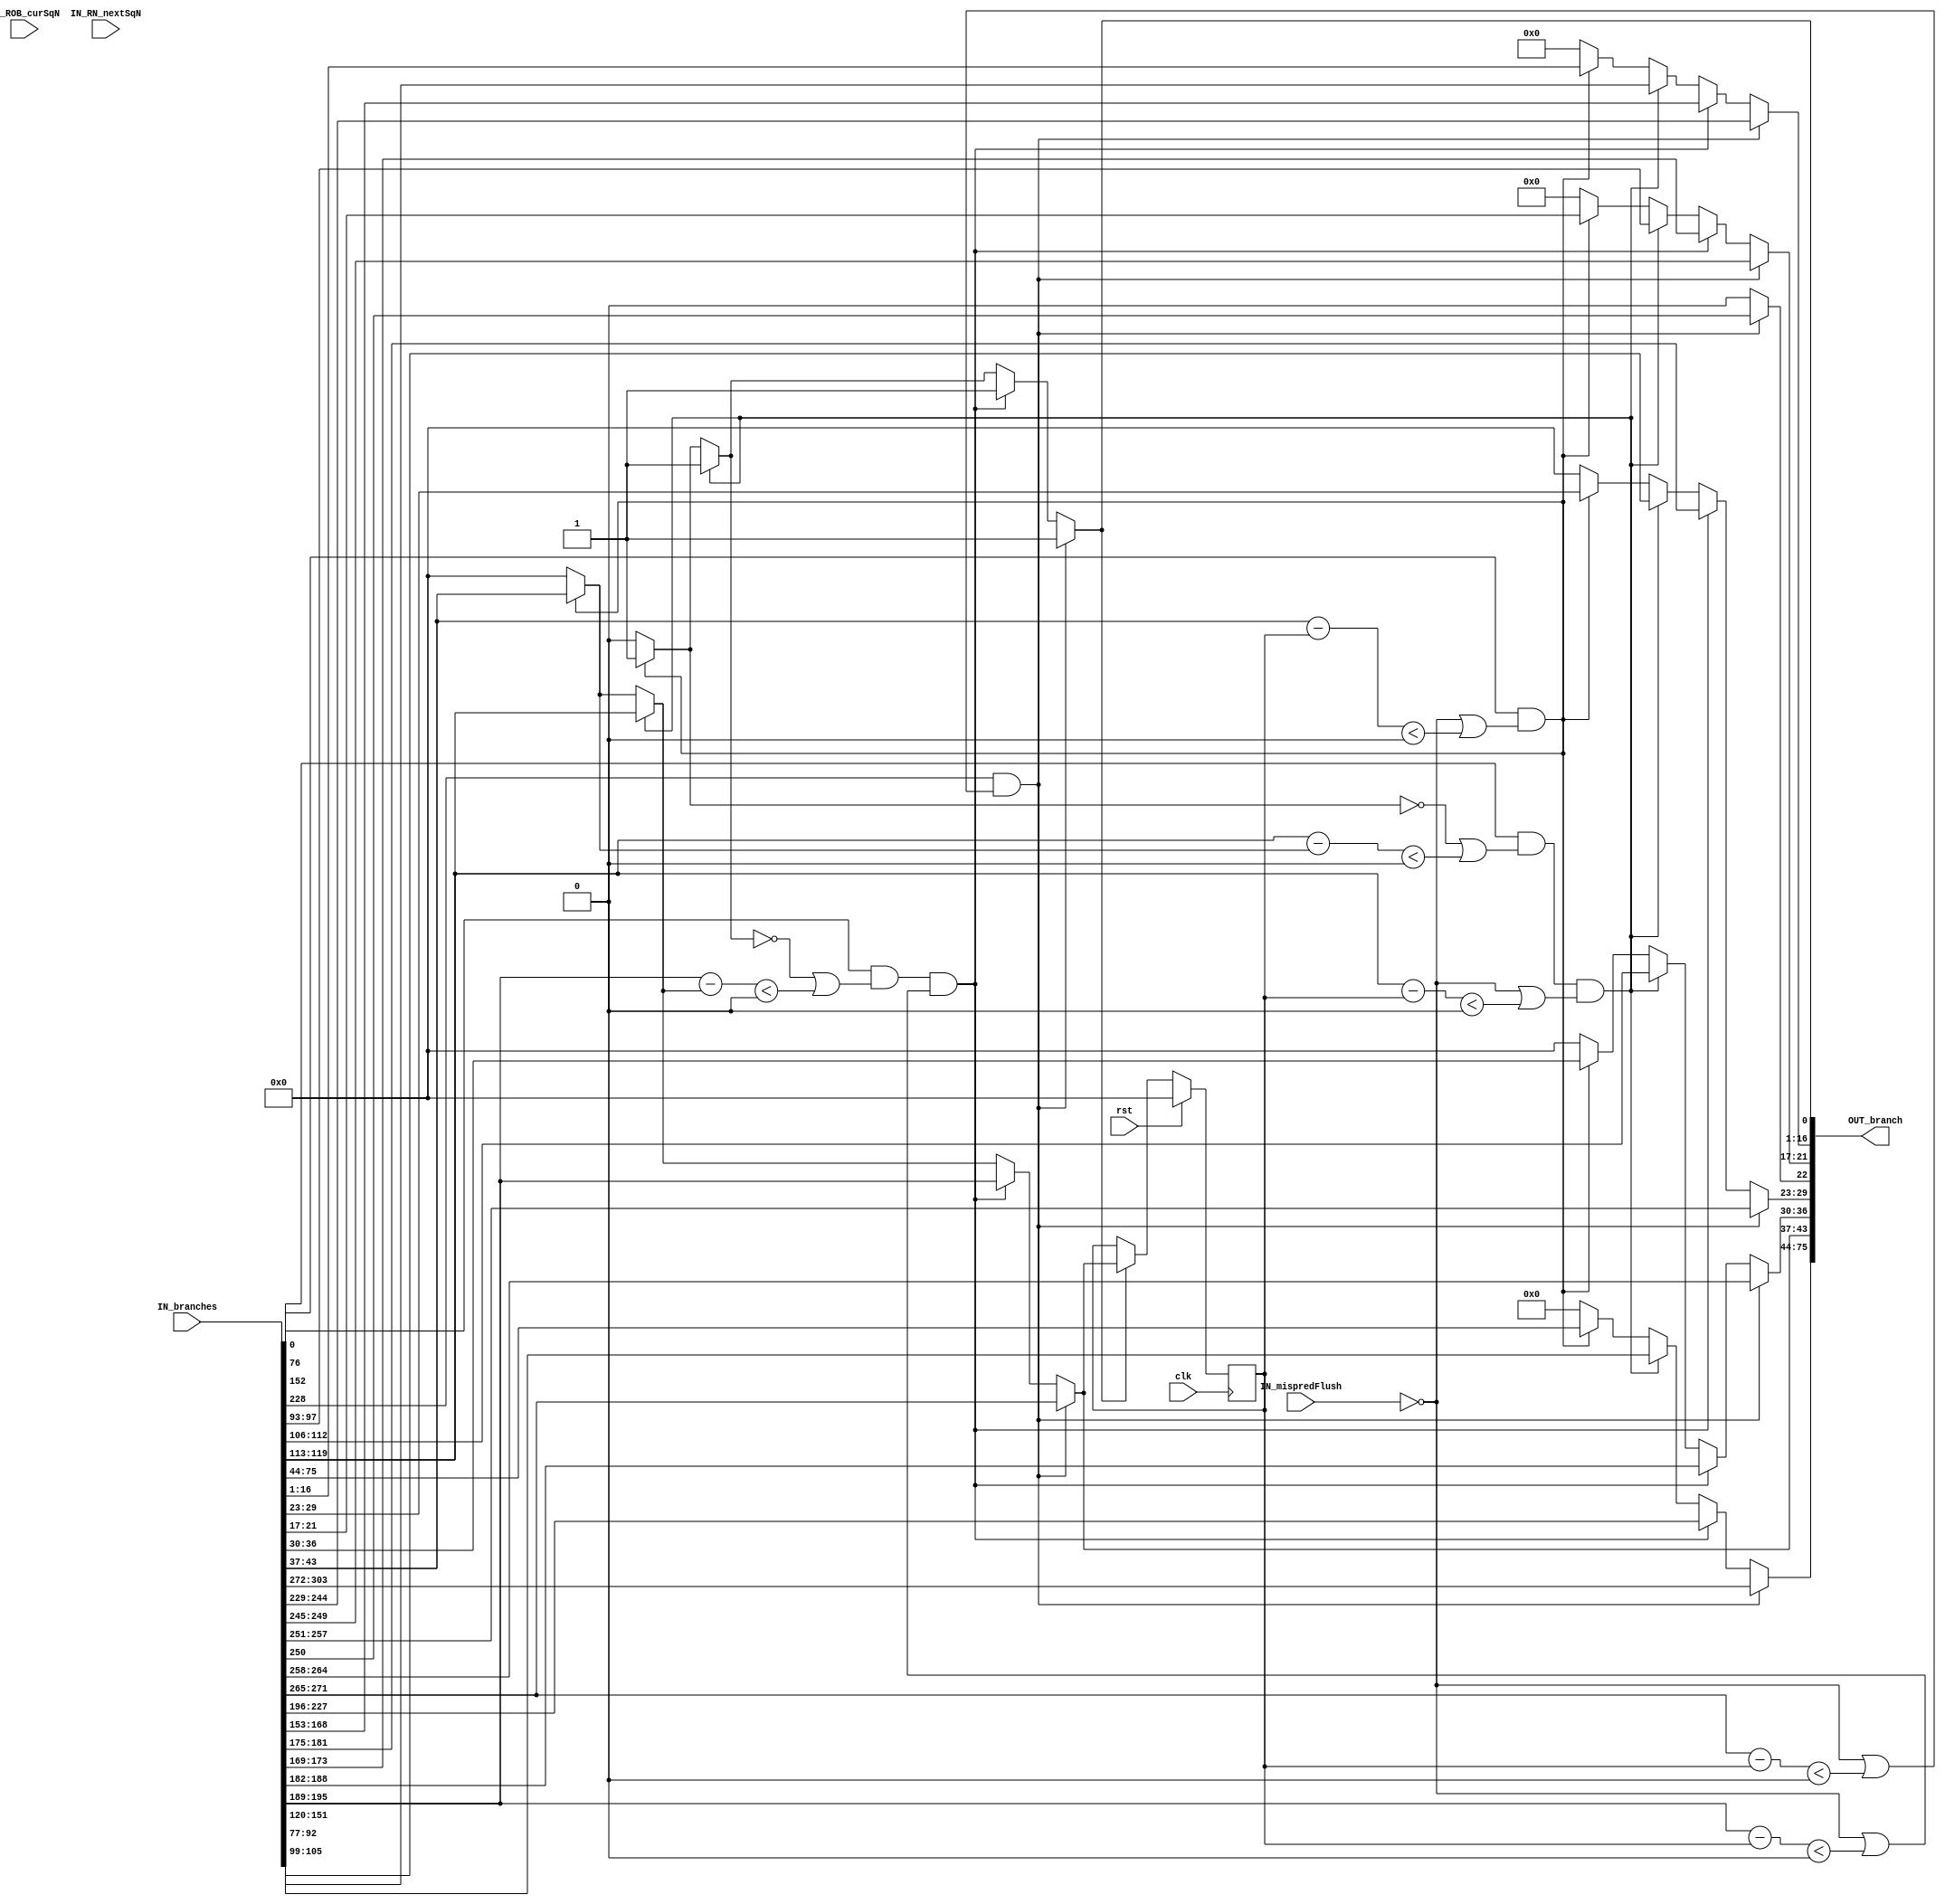
module BranchSelector (
	clk,
	rst,
	IN_branches,
	OUT_branch,
	IN_ROB_curSqN,
	IN_RN_nextSqN,
	IN_mispredFlush
);
	parameter NUM_BRANCHES = 4;
	input wire clk;
	input wire rst;
	input wire [(NUM_BRANCHES * 76) - 1:0] IN_branches;
	output reg [75:0] OUT_branch;
	input wire [6:0] IN_ROB_curSqN;
	input wire [6:0] IN_RN_nextSqN;
	input wire IN_mispredFlush;
	integer i;
	reg [6:0] mispredFlushSqN;
	reg disableMispredFlush;
	always @(*) begin
		OUT_branch[0] = 0;
		OUT_branch = 0;
		for (i = 0; i < 3; i = i + 1)
			if ((IN_branches[i * 76] && (!OUT_branch[0] || ($signed(IN_branches[(i * 76) + 43-:7] - OUT_branch[43-:7]) < 0))) && (!IN_mispredFlush || ($signed(IN_branches[(i * 76) + 43-:7] - mispredFlushSqN) < 0))) begin
				OUT_branch[0] = 1;
				OUT_branch[75-:32] = IN_branches[(i * 76) + 75-:32];
				OUT_branch[43-:7] = IN_branches[(i * 76) + 43-:7];
				OUT_branch[29-:7] = IN_branches[(i * 76) + 29-:7];
				OUT_branch[36-:7] = IN_branches[(i * 76) + 36-:7];
				if (i == 3)
					OUT_branch[22] = IN_branches[(i * 76) + 22];
				OUT_branch[21-:5] = IN_branches[(i * 76) + 21-:5];
				OUT_branch[16-:16] = IN_branches[(i * 76) + 16-:16];
			end
		if (IN_branches[228] && (!IN_mispredFlush || ($signed(IN_branches[271-:7] - mispredFlushSqN) < 0))) begin
			OUT_branch[0] = 1;
			OUT_branch[75-:32] = IN_branches[303-:32];
			OUT_branch[43-:7] = IN_branches[271-:7];
			OUT_branch[29-:7] = IN_branches[257-:7];
			OUT_branch[36-:7] = IN_branches[264-:7];
			OUT_branch[22] = IN_branches[250];
			OUT_branch[21-:5] = IN_branches[249-:5];
			OUT_branch[16-:16] = IN_branches[244-:16];
		end
	end
	always @(posedge clk)
		if (rst) begin
			mispredFlushSqN <= 0;
			disableMispredFlush <= 0;
		end
		else if (OUT_branch[0])
			mispredFlushSqN <= OUT_branch[43-:7];
endmodule